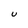
Character: U